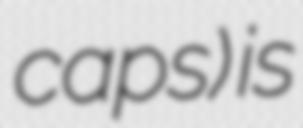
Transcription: caps) is